Report on vaccination in Madras 1895-1903 - 1895-1903
Year: 1895
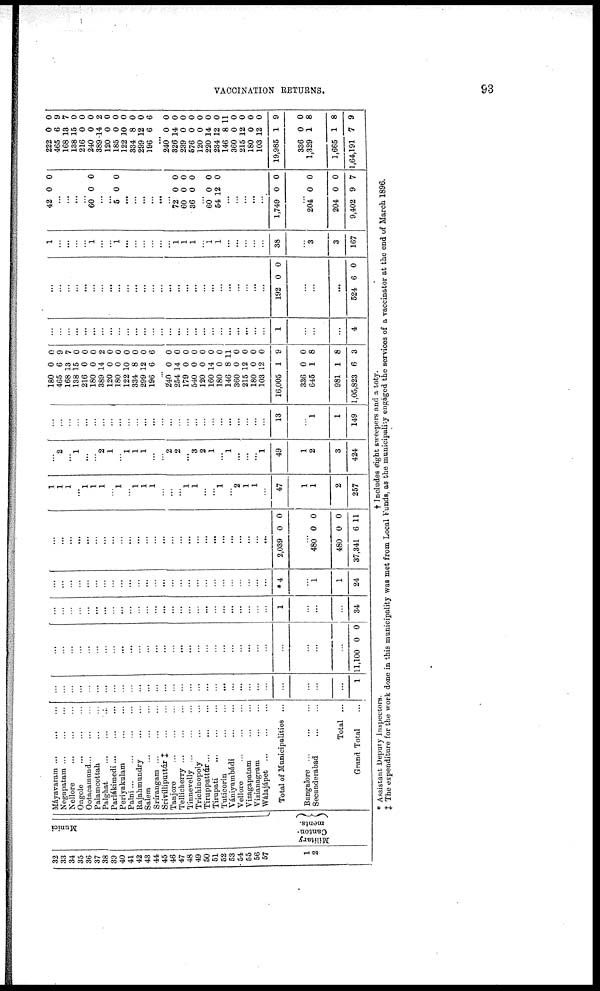
VACCINATION RETURNS.
93
32
33
34
35
36
37
38
39
40
41
42
43
44
45
46
47
48
49
50
51
52
53
54
55
56
57
1
2
Munici
Military
Canton-
ments.
Máyavaram
...
...
...
Negapatam
...
...
...
Nellore
...
...
...
Ongole
...
...
...
Ootacamund... ... ...
Palamcottah ... ... ...
Palghat ... ... ...
Parlákimedi
...
...
...
Periyakulam
...
...
Palni
...
...
...
...
Rajahmundry
...
...
Salem
...
...
...
Srírangam
...
...
...
Srívilliputtúr ‡
...
...
Tanjore
...
...
...
Tellicherry
...
...
...
Tinnevelly
...
...
...
Trichinopoly
...
...
Tiruppattúr
...
...
...
Tirupati
...
...
...
Tuticorin ... ...
Vániyambádi
...
...
Vellore ... ... ...
Vizagapatam ... ...
Vizianagram ... ...
Wálajápet
...
...
...
Total of Municipalities ...
Bangalore
...
...
...
Secunderabad
...
...
Total ...
Grand Total ...
...
...
...
...
...
...
...
...
...
...
...
...
...
...
...
...
...
...
...
...
...
...
...
...
...
...
...
...
...
...
1
...
...
...
...
...
...
...
...
...
...
...
...
...
...
...
...
...
...
...
...
...
...
...
...
...
...
...
...
...
...
11,100 0 0
...
...
...
...
...
...
...
...
...
...
...
...
...
...
...
...
...
...
...
...
...
...
...
...
...
...
1
...
...
...
34
...
...
...
...
...
...
...
...
...
...
...
...
...
...
...
...
...
...
...
...
...
...
...
...
...
...
*4
...
1
1
24
...
...
...
...
...
...
...
...
...
...
...
...
...
...
...
...
...
...
...
...
...
...
...
...
...
...
2,039 0 0
...
480
480
37,341
0
0
6
0
0
11
1
1
1
...
1
1
1
...
1
...
1
1
1
...
...
...
1
1
...
...
1
...
2
1
1
...
47
1
1
2
257
...
2
...
1
...
...
2
1
...
1
1
1
...
...
2
2
...
3
2
1
...
1
...
...
...
1
49
1
2
3
424
...
...
...
...
...
...
...
...
...
...
...
...
...
...
...
...
...
...
...
...
...
...
...
...
...
...
13
...
1
1
149
180
465
168
138
216
180
389
120
180
122
334
299
196
0
6
13
15
0
0
14
0
0
10
8
12
6
0
9
7
0
0
0
2
0
0
0
0
0
6
...
240
254
179
540
120
160
180
146
360
215
180
103
16,005
336
645
981
1,05,823
0
14
0
0
0
14
0
8
0
12
0
12
1
0
1
1
6
0
0
0
0
0
0
0
11
0
0
0
0
9
0
8
8
3
...
...
...
...
...
...
...
...
...
...
...
...
...
...
...
...
...
...
...
...
...
...
...
...
...
...
1
...
...
...
4
...
...
...
...
...
...
...
...
...
...
...
...
...
...
...
...
...
...
...
...
...
...
...
...
...
...
192 0 0
...
...
...
524 6 0
1
...
...
...
...
1
...
...
1
...
...
...
...
...
...
1
1
1
...
1 1
...
...
...
...
...
38
...
3
3
167
42 0 0
...
...
...
...
60 0 0
...
...
5 0 0
...
...
...
...
...
...
72
60
36
0
0
0
0
0
0
...
60
54
0
12
0
0
...
...
...
...
...
1,749 0 0
...
204
204
9,402
0
0
9
0
0
7
222
465
168
138
216
240
389
120
185
122
334
299
196
0
6
13
15
0
0
14
0
0
10
8
12
6
0
9
7
0
0
0
2
0
0
0
0
0
6
...
240
326
239
576
120
220
234
146
360
215
180
103
19,985
336
1,329
1,665
1,64,191
0
14
0
0
0
14
12
8
0
12
0
12
1
0
1
1
7
0
0
0
0
0
0
0
11
0
0
0
0
9
0
8
8
9
* Assistant Deputy Inspectors.
† Includes eight sweepers and a toty.
‡ The expenditure for the work done in this municipality was met from Local Funds, as the municipality engaged the services of a vaccinator at the end of March 1896.